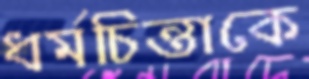
ধর্মচিন্তাকে